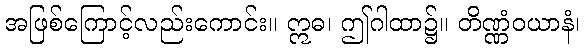
အဖြစ်ကြောင့်လည်းကောင်း။ ဣဓ၊ ဤဂါထာ၌။ တိဏ္ဏံဝယာနံ၊